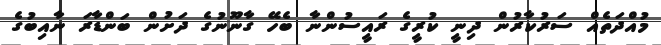
މުއްދަތެއް ސަރުކާރުން ދިނީ ކުރީގެ ރައީސުންނާ ބެހޭ ގާނޫނުގެ ދަށުން ބަންޑާރަ ނާއިބުގެ